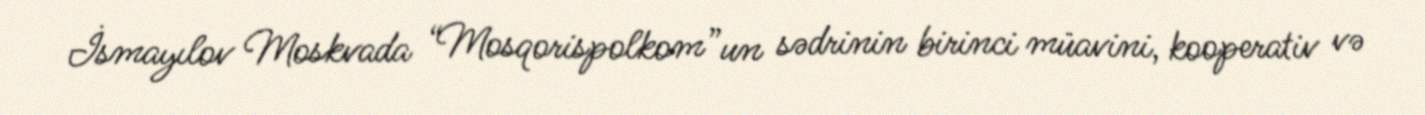
İsmayılov Moskvada “Mosqorispolkom”un sədrinin birinci müavini, kooperativ və